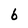
Character: b